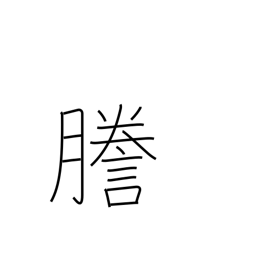
Meaning: mimeograph